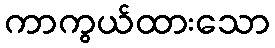
ကာကွယ်ထားသော